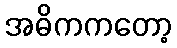
အဓိကကတော့